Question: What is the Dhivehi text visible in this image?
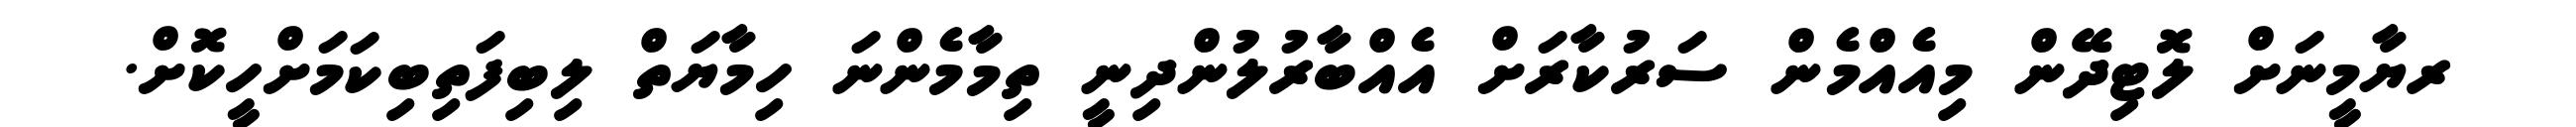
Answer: ރޔާމީނަށް ލޮޓިދޭން މިއެއްމެން ސަރުކާރަށް އެއްބާރުލުންދިނީ ތިމާމެންނަ ހިމާޔަތް ލިބިފަތިބިކަމަށްހީކޮށް.